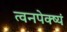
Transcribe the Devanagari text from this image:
त्वनपेक्ष्यं